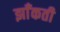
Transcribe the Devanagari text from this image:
झाँकती